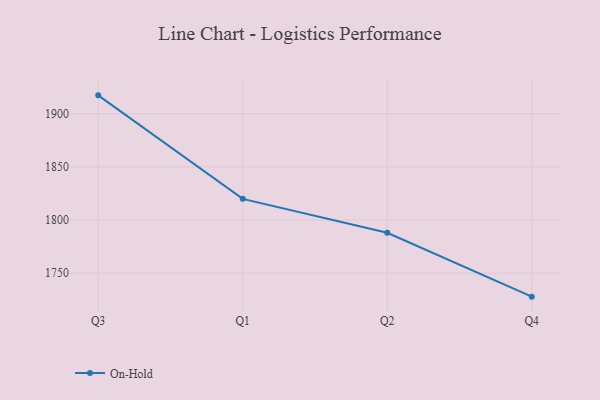
{"axis": {"x": "Quarter", "y": "Gross Profit (USD K)"}, "legend": ["On-Hold"], "data": [{"x": "Q3", "y": 1917.3, "type": "On-Hold"}, {"x": "Q1", "y": 1819.9, "type": "On-Hold"}, {"x": "Q2", "y": 1788.0, "type": "On-Hold"}, {"x": "Q4", "y": 1727.9, "type": "On-Hold"}]}